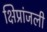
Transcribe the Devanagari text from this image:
क्षिप्रांजली